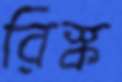
রিস্ক